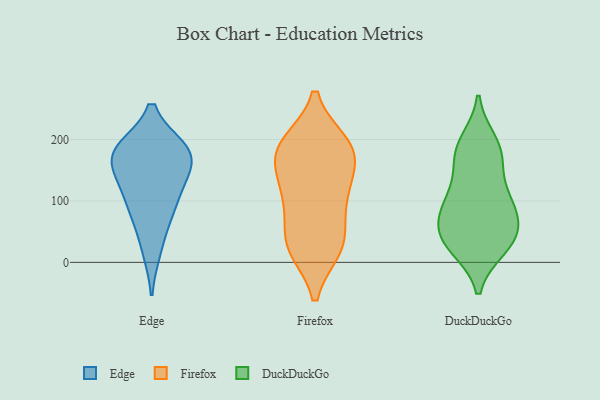
{"axis": {"x": "Headcount", "y": "Value"}, "legend": ["DuckDuckGo", "Edge", "Firefox"], "data": [{"x": "", "y": 133, "type": "Edge"}, {"x": "", "y": 177, "type": "Edge"}, {"x": "", "y": 21, "type": "Edge"}, {"x": "", "y": 180, "type": "Edge"}, {"x": "", "y": 86, "type": "Edge"}, {"x": "", "y": 183, "type": "Edge"}, {"x": "", "y": 164, "type": "Edge"}, {"x": "", "y": 80, "type": "Edge"}, {"x": "", "y": 123, "type": "Edge"}, {"x": "", "y": 183, "type": "Edge"}, {"x": "", "y": 33, "type": "Firefox"}, {"x": "", "y": 179, "type": "Firefox"}, {"x": "", "y": 104, "type": "Firefox"}, {"x": "", "y": 146, "type": "Firefox"}, {"x": "", "y": 112, "type": "Firefox"}, {"x": "", "y": 24, "type": "Firefox"}, {"x": "", "y": 192, "type": "Firefox"}, {"x": "", "y": 181, "type": "Firefox"}, {"x": "", "y": 27, "type": "Firefox"}, {"x": "", "y": 191, "type": "Firefox"}, {"x": "", "y": 32, "type": "Firefox"}, {"x": "", "y": 101, "type": "Firefox"}, {"x": "", "y": 178, "type": "Firefox"}, {"x": "", "y": 164, "type": "DuckDuckGo"}, {"x": "", "y": 105, "type": "DuckDuckGo"}, {"x": "", "y": 25, "type": "DuckDuckGo"}, {"x": "", "y": 98, "type": "DuckDuckGo"}, {"x": "", "y": 183, "type": "DuckDuckGo"}, {"x": "", "y": 70, "type": "DuckDuckGo"}, {"x": "", "y": 107, "type": "DuckDuckGo"}, {"x": "", "y": 33, "type": "DuckDuckGo"}, {"x": "", "y": 44, "type": "DuckDuckGo"}, {"x": "", "y": 48, "type": "DuckDuckGo"}, {"x": "", "y": 29, "type": "DuckDuckGo"}, {"x": "", "y": 176, "type": "DuckDuckGo"}, {"x": "", "y": 80, "type": "DuckDuckGo"}, {"x": "", "y": 195, "type": "DuckDuckGo"}]}